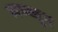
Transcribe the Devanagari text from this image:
खच्च्चून